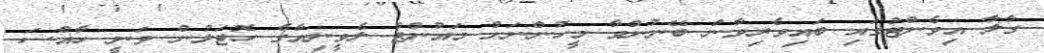
ގާލާ އިވެންޓުގައި ބައިވެރިވާން ބޭނުންވާ މީހުންނަށް މައުންޓް ލެވީނިއާގެ ހޮޓަލުން ވަނީ ހާއްސަ